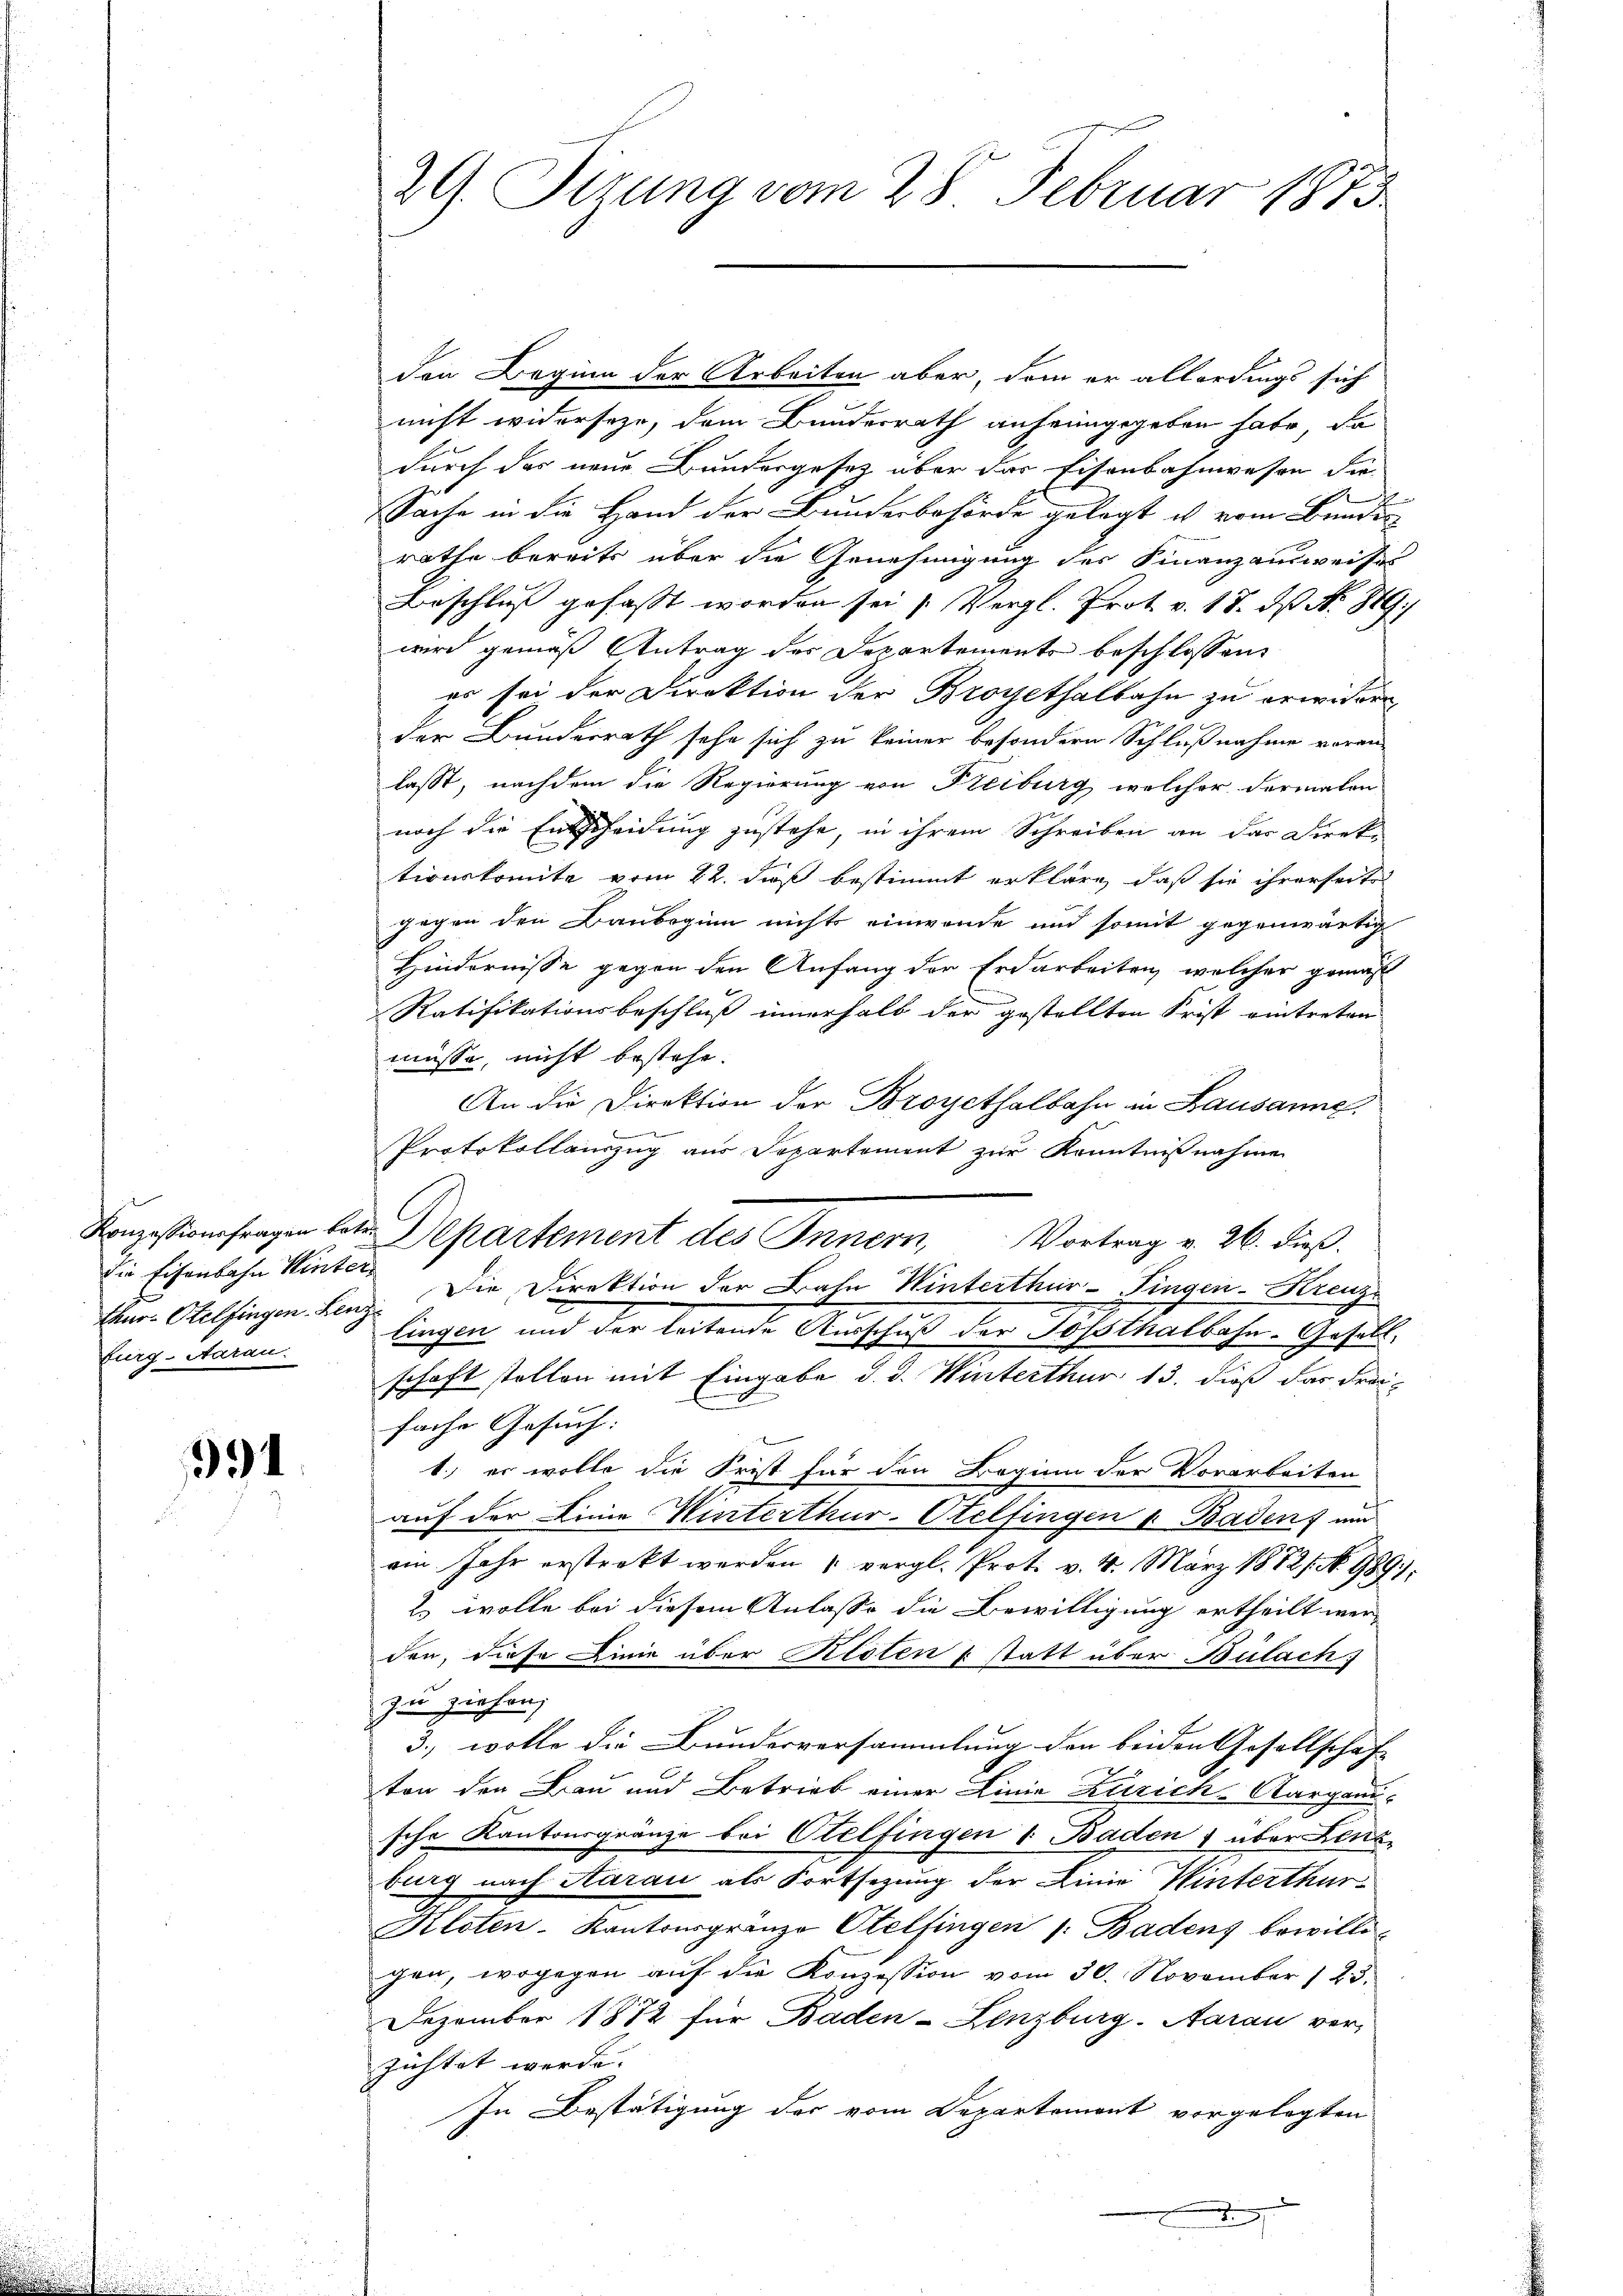
Konzessionsfragen katen
die Eisenbahn Winter
thur. Otelfingen Lenz
Zurg-Natan.

91

29. Sizung vom 28. Februar 1873

den Beginn der Arbeiten aber, dem er allerdings sich
nicht widerseze, dem Bundesrath anheimgegeben habe, da
durch das neue Bundergesetz über das Eisenbahnwesen die
Sache in die Hand der Bundesbehörde gelegt u vom Bunden
rathe bereits über die Genehmigung des Finanzausweises
Beschluß gefasst worden sei (Vergl. Prot. v. 18. ds N. 889.)
wird gemäß Antrag des Departements beschlossen:
zu sei der Direktion der Broyethalbahn zu erwider
der Bundesrath sehe sich zu keiner besondern Schlußnahme vorein-
lasst, nachdem die Regierung von Freiburg, welcher dermalen
noch die Entscheidung zustehe, in ihrem Schreiben an das Direk-
tionskomite vom 22. dieß bestimmt erkläre, daß sie ihrerseite
gegen den Baubeginn nichts einwende und somit gegenwärtig
Hindernisse gegen den Anfang der Erdarbeiten, welcher gemäß
Ratifikationsbeschluß innerhalb der gestellten Frist eintreten
müsse, nicht bestehe.
An die Direktion der Broyethalbahn in Lausanne,

Protokollauszug aus Departement zur Kenntnißnahme
Die Direktion der Bahn Winterthur–Singen-Kreuz
lingen und der leitende Anschuß der Josothalbahn. Gesellschaft stellen mit Eingabe d. d. Winterthur 13. dieß das Frei-
fache Gesuch:
1., er wolle die Frist für den Beginn der Vorarbeiten
auf der Linie Winterthur-Otelfingen v. Baden, und
am Jahr erstrekt werden " vergl. Prot. v. 4. März 1882/ No 989.)
2. wolle bei diesem Anlasse die Bewilligung ertheilt werden, diese Linie über Kloten & statt über Bülach
zu ziehen,
3., wolle die Bunderversammlung den beiden Gesellschaft
ton den Bau und Betrieb einer Linie Zürich-Aargaui
sche Kantonsgränze bei Otelfingen 1 Baden, über Lenzburg nach Aarau als Fortsetzung der Linie Winterthur
Kloten-Kantonsgrenze Otelfingen s. Badens bewilli-
gen, wogegen auf die Konzession vom 30. November 123.
Dezember 1872 für Baden-Lenzburg. Aarau ver-
züchtet werde.
In Bestätigung der vom Departemont vorgelegten
1

Departement des Innern, Vortrag v. 26. dieβ.